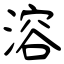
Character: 溶